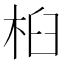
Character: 桕